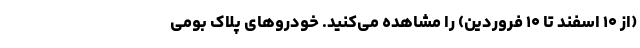
(از ۱۰ اسفند تا ۱۰ فروردین) را مشاهده می‌کنید. خودروهای پلاک بومی